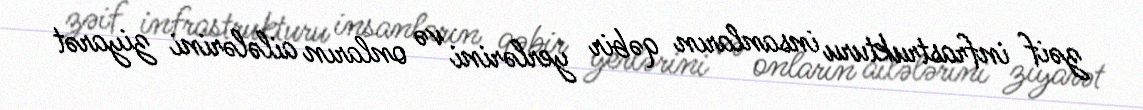
zəif infrastrukturu insanların qəbir yerlərini və onların ailələrini ziyarət